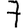
Digit: 7